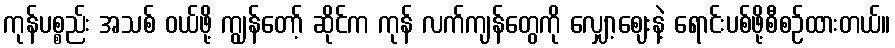
ကုန်ပစ္စည်း အသစ် ဝယ်ဖို့ ကျွန်တော့် ဆိုင်က ကုန် လက်ကျန်တွေကို လျှော့ဈေးနဲ့ ရောင်းပစ်ဖို့စီစဉ်ထားတယ်။